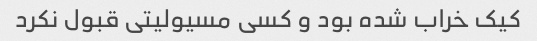
کیک خراب شده بود و کسی مسیولیتی قبول نکرد